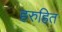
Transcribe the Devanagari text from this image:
हरुहित